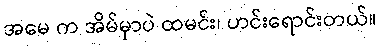
အမေ က အိမ်မှာပဲ ထမင်း၊ ဟင်းရောင်းတယ်။